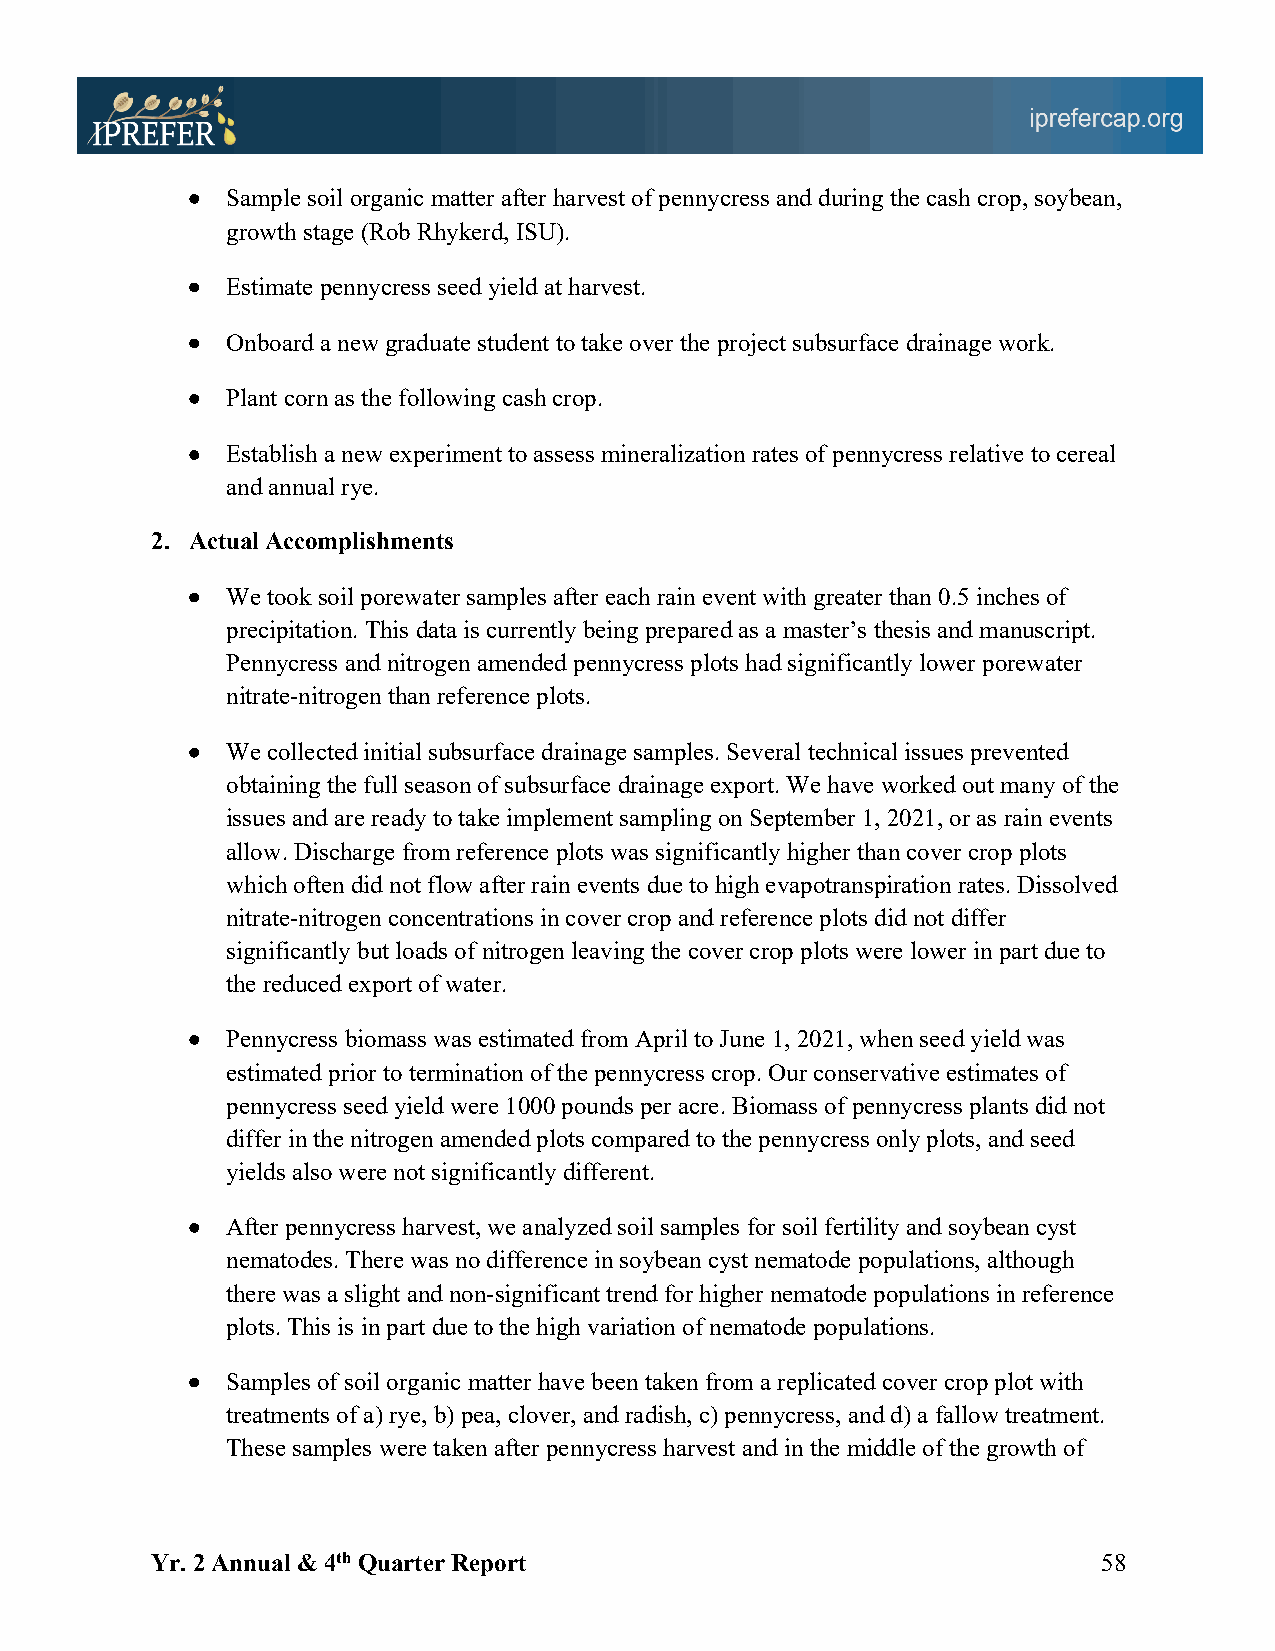
•  Sample soil organic matter after harvest of pennycress and during the cash crop, soybean,
 growth stage (Rob Rhykerd, ISU).
 •  Estimate pennycress seed yield at harvest.
 •  Onboard a new graduate student to take over the project subsurface drainage work.
 •  Plant corn as the following cash crop.
 •  Establish a new experiment to assess mineralization rates of pennycress relative to cereal
 and annual rye.
 2. Actual Accomplishments
 •  We took soil porewater samples after each rain event with greater than 0.5 inches of
 precipitation. This data is currently being prepared as a master’s thesis and manuscript.
 Pennycress and nitrogen amended pennycress plots had significantly lower porewater
 nitrate-nitrogen than reference plots.
 •  We collected initial subsurface drainage samples. Several technical issues prevented
 obtaining the full season of subsurface drainage export. We have worked out many of the
 issues and are ready to take implement sampling on September 1, 2021, or as rain events
 allow. Discharge from reference plots was significantly higher than cover crop plots
 which often did not flow after rain events due to high evapotranspiration rates. Dissolved
 nitrate-nitrogen concentrations in cover crop and reference plots did not differ
 significantly but loads of nitrogen leaving the cover crop plots were lower in part due to
 the reduced export of water.
 •  Pennycress biomass was estimated from April to June 1, 2021, when seed yield was
 estimated prior to termination of the pennycress crop. Our conservative estimates of
 pennycress seed yield were 1000 pounds per acre. Biomass of pennycress plants did not
 differ in the nitrogen amended plots compared to the pennycress only plots, and seed
 yields also were not significantly different.
 •  After pennycress harvest, we analyzed soil samples for soil fertility and soybean cyst
 nematodes. There was no difference in soybean cyst nematode populations, although
 there was a slight and non-significant trend for higher nematode populations in reference
 plots. This is in part due to the high variation of nematode populations.
 •  Samples of soil organic matter have been taken from a replicated cover crop plot with
 treatments of a) rye, b) pea, clover, and radish, c) pennycress, and d) a fallow treatment.
 These samples were taken after pennycress harvest and in the middle of the growth of
 Yr. 2 Annual & 4th Quarter Report                              58